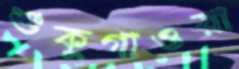
শুকুগাওয়া